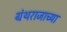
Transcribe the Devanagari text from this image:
ग्रंथराजाच्या